Report of the King Institute of Preventive Medicine, Guindy
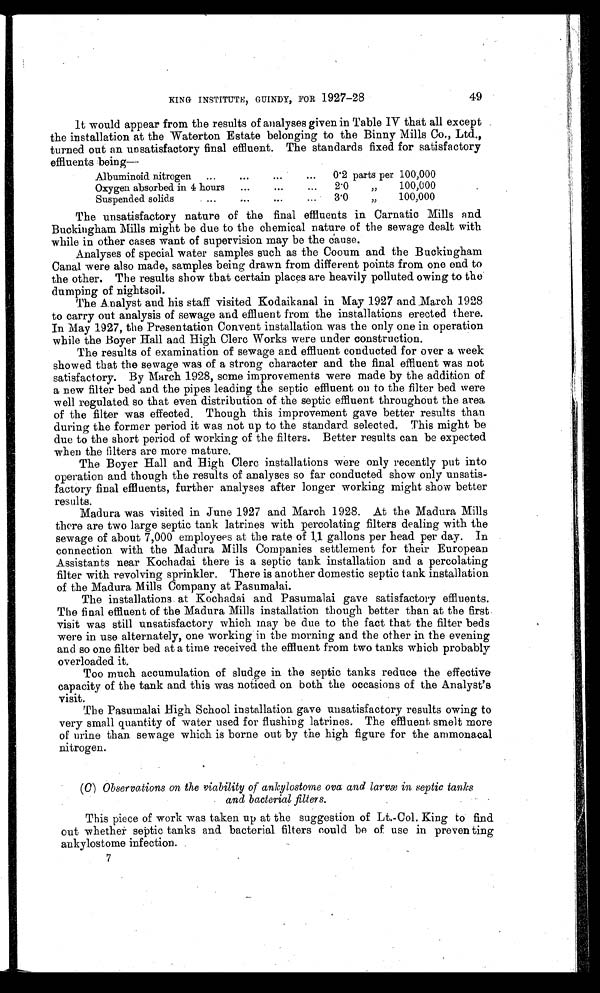
KING INSTITUTE, GUINDY, FOR 1927-28
49
It would appear from the results of analyses given in Table IV that all except
the installation at the Waterton Estate belonging to the Binny Mills Co., Ltd.,
turned out an unsatisfactory final effluent. The standards fixed for satisfactory
effluents being—
Albuminoid nitrogen ...
...
0.2 parts per 100,000
Oxygen absorbed in 4 hours
...
...
2.0
"
100,000
Suspended solids
...
...
...
3.0
" 1 0 0 , 0 0 0
The unsatisfactory nature of the final effluents in Carnatic Mills and.
Buckingham Mills might be due to the chemical nature of the sewage dealt with
while in other cases want of supervision may be the cause.
Analyses of special water samples such as the Cooum and the Buckingham
Canal were also made, samples being drawn from different points from one end to
the other. The results show that certain places are heavily polluted owing to the
dumping of nightsoil.
The Analyst and his staff visited Kodaikanal in May 1927 and March 1928
to carry out analysis of sewage and effluent from the installations erected there.
In May 1927, the Presentation Convent installation was the only one in operation
while the Boyer Hall and High Clerc Works were under construction.
The results of examination of sewage and effluent conducted for over a week
showed that the sewage was of a strong character and the final effluent was not
satisfactory. By March 1928, some improvements were made by the addition of
a new filter bed and the pipes leading the septic effluent on to the filter bed were
well regulated so that even distribution of the septic effluent throughout the area
of the filter was effected. Though this improvement gave better results than
during the former period it was not up to the standard selected. This might be
due to the short period of working of the filters. Better results can be expected
when the filters are more mature.
The Boyer Hall and High Clerc installations were only recently put into
operation and though the results of analyses so far conducted show only unsatis
-factory final effluents, further analyses after longer working might show better
results.
Madura was visited in June 1927 and March 1928. At the Madura Mills
there are two large septic tank latrines with percolating filters dealing with the
sewage of about 7,000 employees at the rate of 11 gallons per head per day. In
connection with the Madura Mills Companies settlement for their European
Assistants near Kochadai there is a septic tank installation and a percolating
filter with revolving sprinkler. There is another domestic septic tank installation
of the Madura Mills Company at Pasumalai.
The installations at Kochadai and Pasumalai gave satisfactory effluents.
The final effluent of the Madura Mills installation though better than at the first.
visit was still unsatisfactory which may be due to the fact that the filter beds
were in use alternately, one working in the morning and the other in the evening
and so one filter bed at a time received the effluent from two tanks which probably
overloaded it.
Too much accumulation of sludge in the septic tanks reduce the effective
capacity of the tank and this was noticed on both the occasions of the Analyst’s
visit.
The Pasumalai High School installation gave unsatisfactory results owing to
very small quantity of water used for flushing latrines. The effluent smelt more
of urine than. sewage which is borne out by the high figure for the ammonacal
nitrogen.
(C) Observations on the viability of ankylostome ova and larvæ in septic tanks
and bacterial filters.
This piece of work was taken up at the suggestion of Lt.-Col. King to find
out whether septic tanks and bacterial filters could be of use in preventing
ankylostome infection.
7